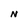
Character: N